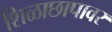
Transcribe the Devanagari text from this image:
शिळाछापावर